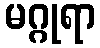
မဂ္ဂုရာ